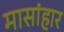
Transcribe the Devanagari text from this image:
मासांहार